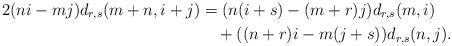
LaTeX: \begin{align*}2(ni-mj)d_{r,s}(m+n,i+j)&=(n(i+s)-(m+r)j)d_{r,s}(m,i)\\&\quad+((n+r)i-m(j+s))d_{r,s}(n,j).\end{align*}